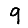
Digit: 9